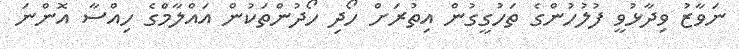
ނަވާޒު ވިދާޅުވީ ފުލުހުންގެ ތަހުގީގުން އިތުރަށް ހޯދި ހޯދުންތަކުން އައްލާމްގެ ހިއްސާ އޮންނަ